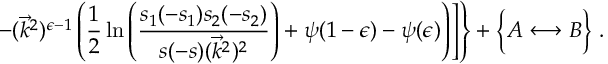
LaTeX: \left. \left. - ( \vec { k } ^ { 2 } ) ^ { \epsilon - 1 } \left( \frac { 1 } { 2 } \ln \left( \frac { s _ { 1 } ( - s _ { 1 } ) s _ { 2 } ( - s _ { 2 } ) } { s ( - s ) ( \vec { k } ^ { 2 } ) ^ { 2 } } \right) + \psi ( 1 - \epsilon ) - \psi ( \epsilon ) \right) \right] \right\} + \biggl \{ A \longleftrightarrow B \biggr \} \; .